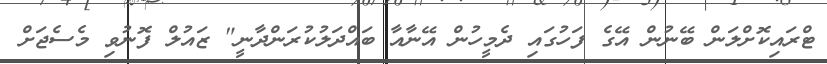
ޓްރައިކޮށްލަން ބޭނުން އޭގެ ފަހުގައި ދެމީހުން އޭނާއާ ބައްދަލުކުރަންދާނީ" ޒައުލް ފޮނުވި މެސެޖަށް